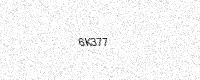
Text: 6K377